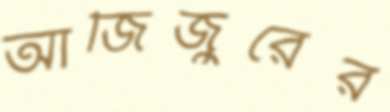
আজিজুরের